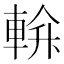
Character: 𨌝